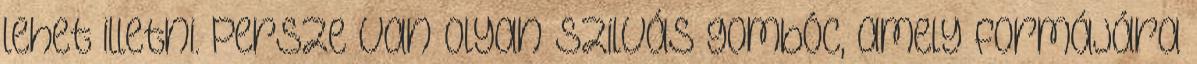
lehet illetni. Persze van olyan szilvás gombóc, amely formájára